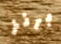
برنز